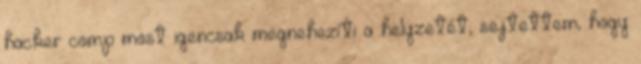
hacker comp most igencsak megnehezíti a helyzetét, sejtettem, hogy